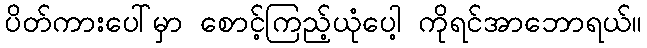
ပိတ်ကားပေါ်မှာ စောင့်ကြည့်ယုံပေါ့ ကိုရင်အာဘောရယ်။